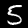
Digit: 5